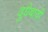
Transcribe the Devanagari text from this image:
दुधेबावी